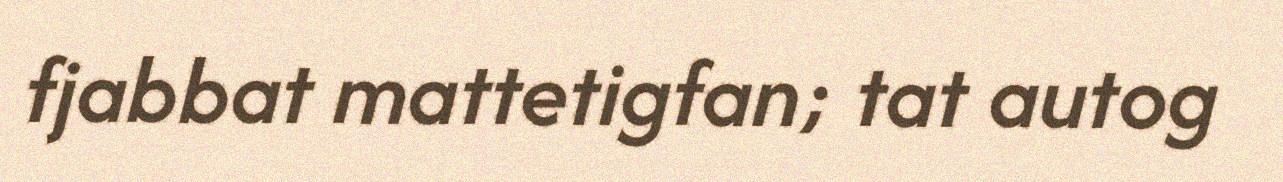
fjabbat mattetigfan; tat autog